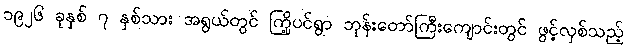
၁၉၂၆ ခုနှစ် ၇ နှစ်သား အရွယ်တွင် ကြို့ပင်ရွာ ဘုန်းတော်ကြီးကျောင်းတွင် ဖွင့်လှစ်သည့်